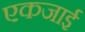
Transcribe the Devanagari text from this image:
एकजाई